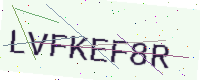
Text: LVFKEF8R